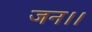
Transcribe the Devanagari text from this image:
जन।।